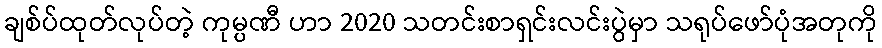
ချစ်ပ်ထုတ်လုပ်တဲ့ ကုမ္ပဏီ ဟာ 2020 သတင်းစာရှင်းလင်းပွဲမှာ သရုပ်ဖော်ပုံအတုကို